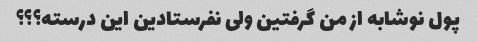
پول نوشابه از من گرفتین ولی نفرستادین این درسته؟؟؟